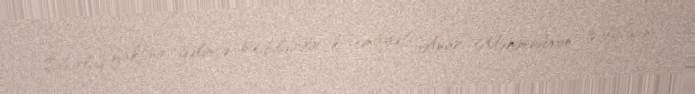
Oğurluq faktına gəlincə isə bildirilir ki, cinayət Anar Məmmədovun pulyığanı